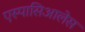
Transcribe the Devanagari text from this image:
एस्पासिआलेस